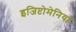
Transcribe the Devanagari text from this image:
इजिप्टोमेनिया